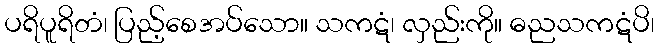
ပရိပူရိတံ၊ ပြည့်စေအပ်သော။ သကဋံ၊ လှည်းကို။ ဓညသကဋံပိ၊